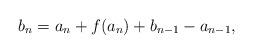
LaTeX: \begin{align*}b_n = a_n+f(a_n)+b_{n-1}-a_{n-1}, \end{align*}